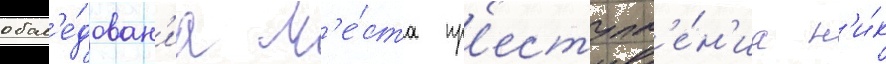
обсл'е́дован'иа м'е́ста пр'еступл'е́н'иа н'и́к